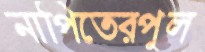
নাপিতেরপুল